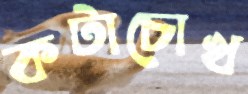
কটাচোখ